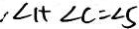
, \angle 1 + \angle C = \angle 5